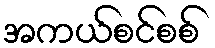
အကယ်စင်စစ်